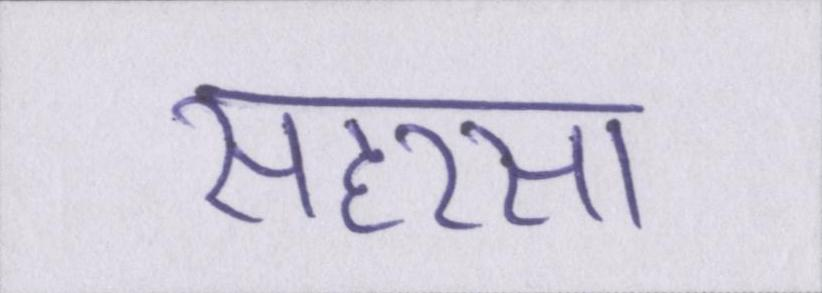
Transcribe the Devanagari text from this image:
सहरसा